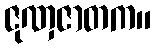
ဇုဏှဇာတက။